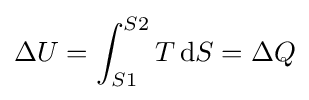
\Delta U=\int _{S1}^{S2}T\,\mathrm {d} S=\Delta Q